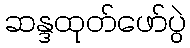
ဆန္ဒထုတ်ဖော်ပွဲ